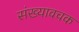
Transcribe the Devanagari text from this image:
संख्यावचक